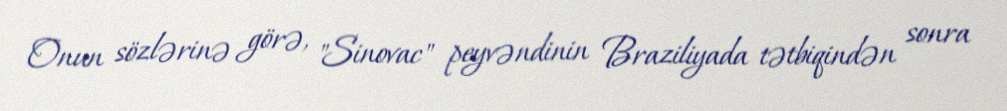
Onun sözlərinə görə, "Sinovac" peyvəndinin Braziliyada tətbiqindən sonra